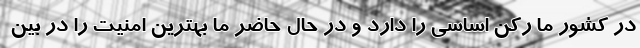
در کشور ما رکن اساسی را دارد و در حال حاضر ما بهترین امنیت را در بین